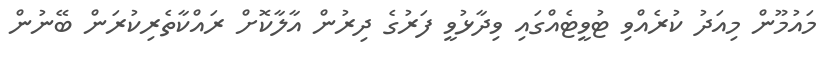
މައުމޫން މިއަދު ކުރެއްވި ޓުވީޓެއްގައި ވިދާޅުވީ ފަރުގެ ދިރުން އާލާކޮށް ރައްކާތެރިކުރަން ބޭނުން